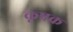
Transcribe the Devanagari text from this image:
कृषक